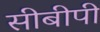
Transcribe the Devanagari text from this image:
सीबीपी